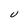
Character: U